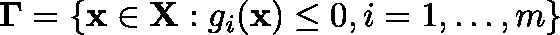
\mathbf { \Gamma } = \left\{ \mathbf { x } \in \mathbf { X } : g _ { i } ( \mathbf { x } ) \leq 0 , i = 1 , \ldots , m \right\}